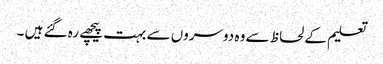
تعلیم کے لحاظ سے وہ دوسروں سے بہت پیچھے رہ گئے ہیں ۔